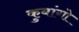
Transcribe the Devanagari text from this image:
कुबांगो